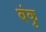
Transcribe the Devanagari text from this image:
बंकु